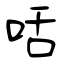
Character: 咶